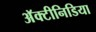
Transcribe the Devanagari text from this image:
अॅक्टीनिडिया